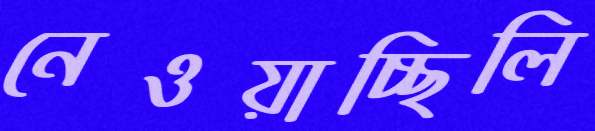
নেওয়াচ্ছিলি